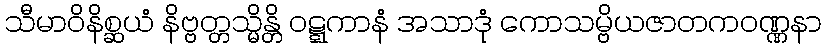
သီမာဝိနိစ္ဆယံ နိဗ္ဗတ္တသ္မိန္တိ ဝဋ္ဋကာနံ အသာဒုံ ကောသမ္ဗိယဇာတကဝဏ္ဏနာ